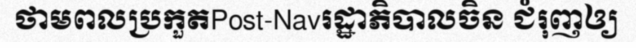
ថាមពលប្រកួតPost-Navរដ្ឋាភិបាលចិន ជំរុញឲ្យ